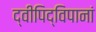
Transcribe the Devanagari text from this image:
द्वीपिद्विपानां